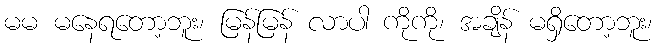
မမ မနေရတော့ဘူး၊ မြန်မြန် လာပါ ကိုကို၊ အချိန် မရှိတော့ဘူး၊